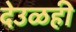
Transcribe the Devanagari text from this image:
देउळही